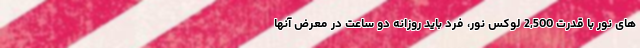
های نور با قدرت 2,500 لوکس نور، فرد باید روزانه دو ساعت در معرض آنها